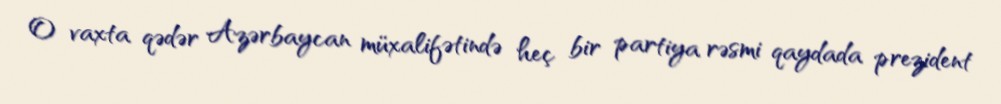
O vaxta qədər Azərbaycan müxalifətində heç bir partiya rəsmi qaydada prezident